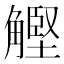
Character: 𧤵